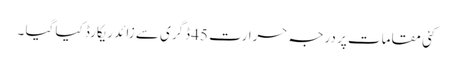
کئی مقامات پر درجہ حرارت 45 ڈگری سے زائد ریکارڈ کیا گیا ۔